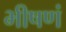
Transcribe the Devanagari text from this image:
भीषणं